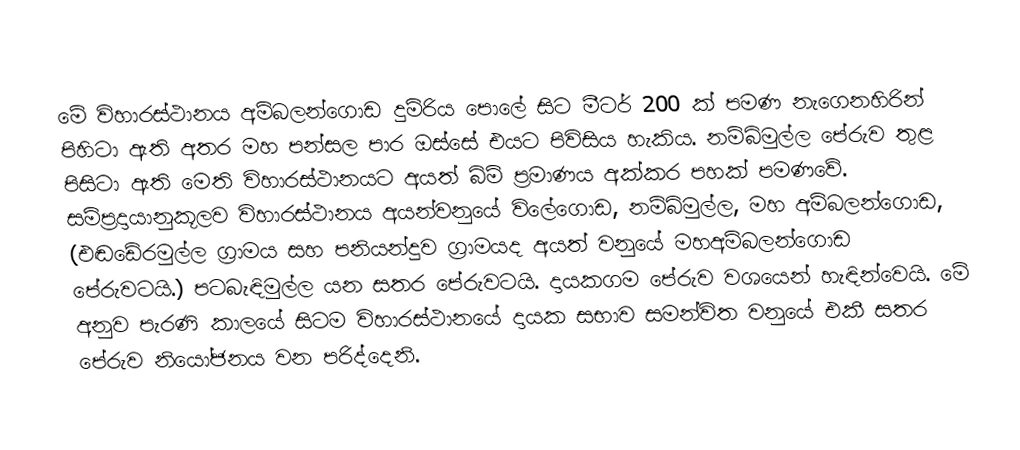
මේ විහාරස්ථානය අම්බලන්ගොඩ දුම්රිය පොලේ සිට මීටර්‌ 200 ක්‌ පමණ නැගෙනහිරින්‌ පිහිටා ඇති අතර මහ පන්සල පාර ඔස්සේ එයට පිවිසිය හැකිය. නම්බිමුල්ල පේරුව තුළ පිසිටා ඇති මෙති විහාරස්ථානයට අයත් බිම්‌ ප්‍රමාණය අක්කර පහක්‌ පමණවේ. සම්ප්‍රදායානුකූලව විහාරස්ථානය අයන්වනුයේ විලේගොඩ, නම්බිමුල්ල, මහ අම්බලන්ගොඩ, (එඬඩේරමුල්ල ග්‍රාමය සහ පනියන්දුව ග්‍රාමයද අයත් වනුයේ මහඅම්බලන්ගොඩ පේරුවටයි.) පටබැඳිමුල්ල යන සතර පේරුවටයි. දායකගම පේරුව වශයෙන් හැඳින්වෙයි. මේ අනුව පැරණි කාලයේ සිටම විහාරස්ථානයේ දායක සභාව සමන්විත වනුයේ එකී සතර පේරුව නියෝජනය වන පරිද්දෙනි.